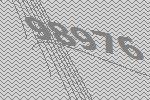
98976